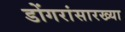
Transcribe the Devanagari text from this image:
डोंगरांसारख्या